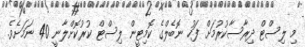
މި ލިސްޓް ދިރާސާކުރުމަށް ފަހު ނޮބެލްގެ ކޮމިޓީން ލިސްޓް ކުރުކޮށްލާނީ 40 ނަމަށެވެ.